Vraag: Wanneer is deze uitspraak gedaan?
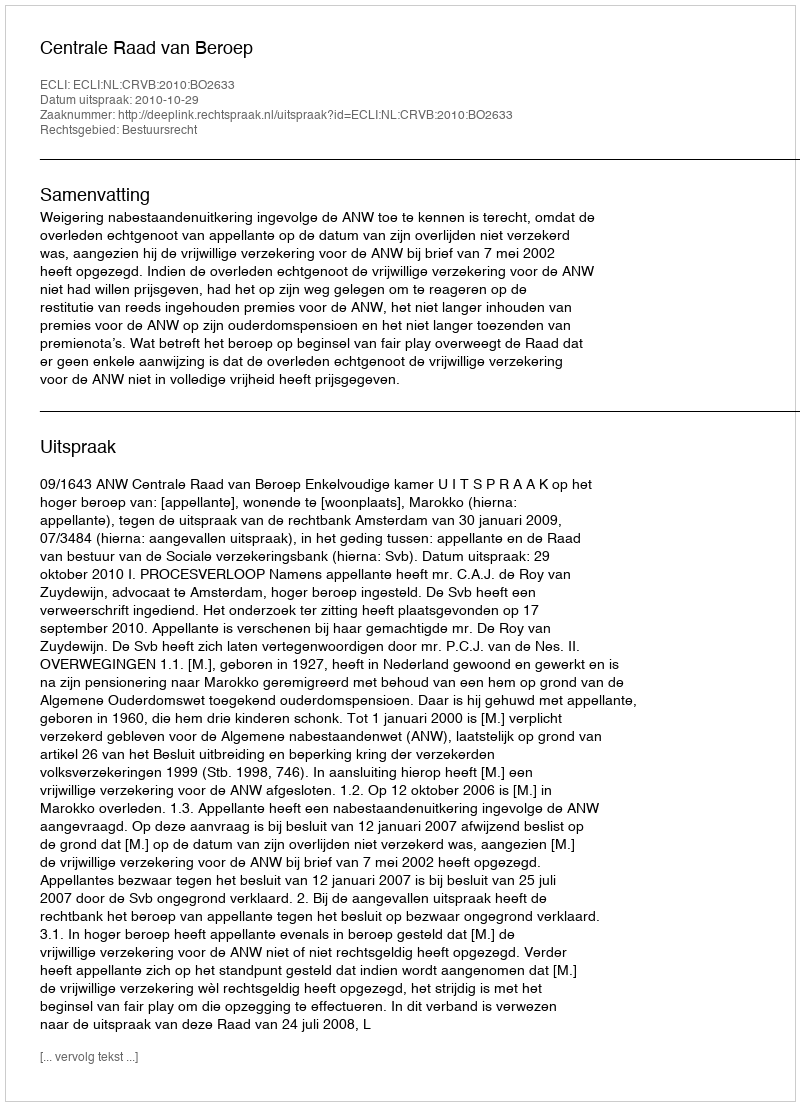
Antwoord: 2010-10-29